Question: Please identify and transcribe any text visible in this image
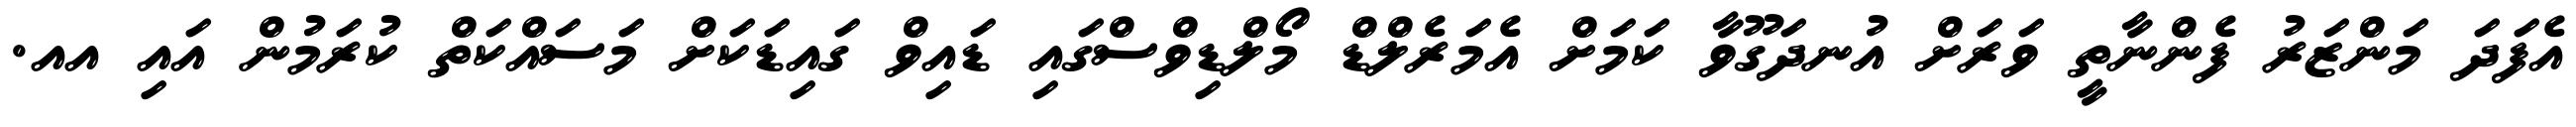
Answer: އެފަދަ މަންޒަރު ފެންނާތީ ވަރަށް އުނދަގޫވާ ކަމަށް އެމަރެލްޑް މޯލްޑިވްސްގައި ޑައިވް ގައިޑަކަށް މަސައްކަތް ކުރަމުން އައި އއ.